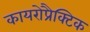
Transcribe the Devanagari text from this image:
कायरोप्रैक्टिक